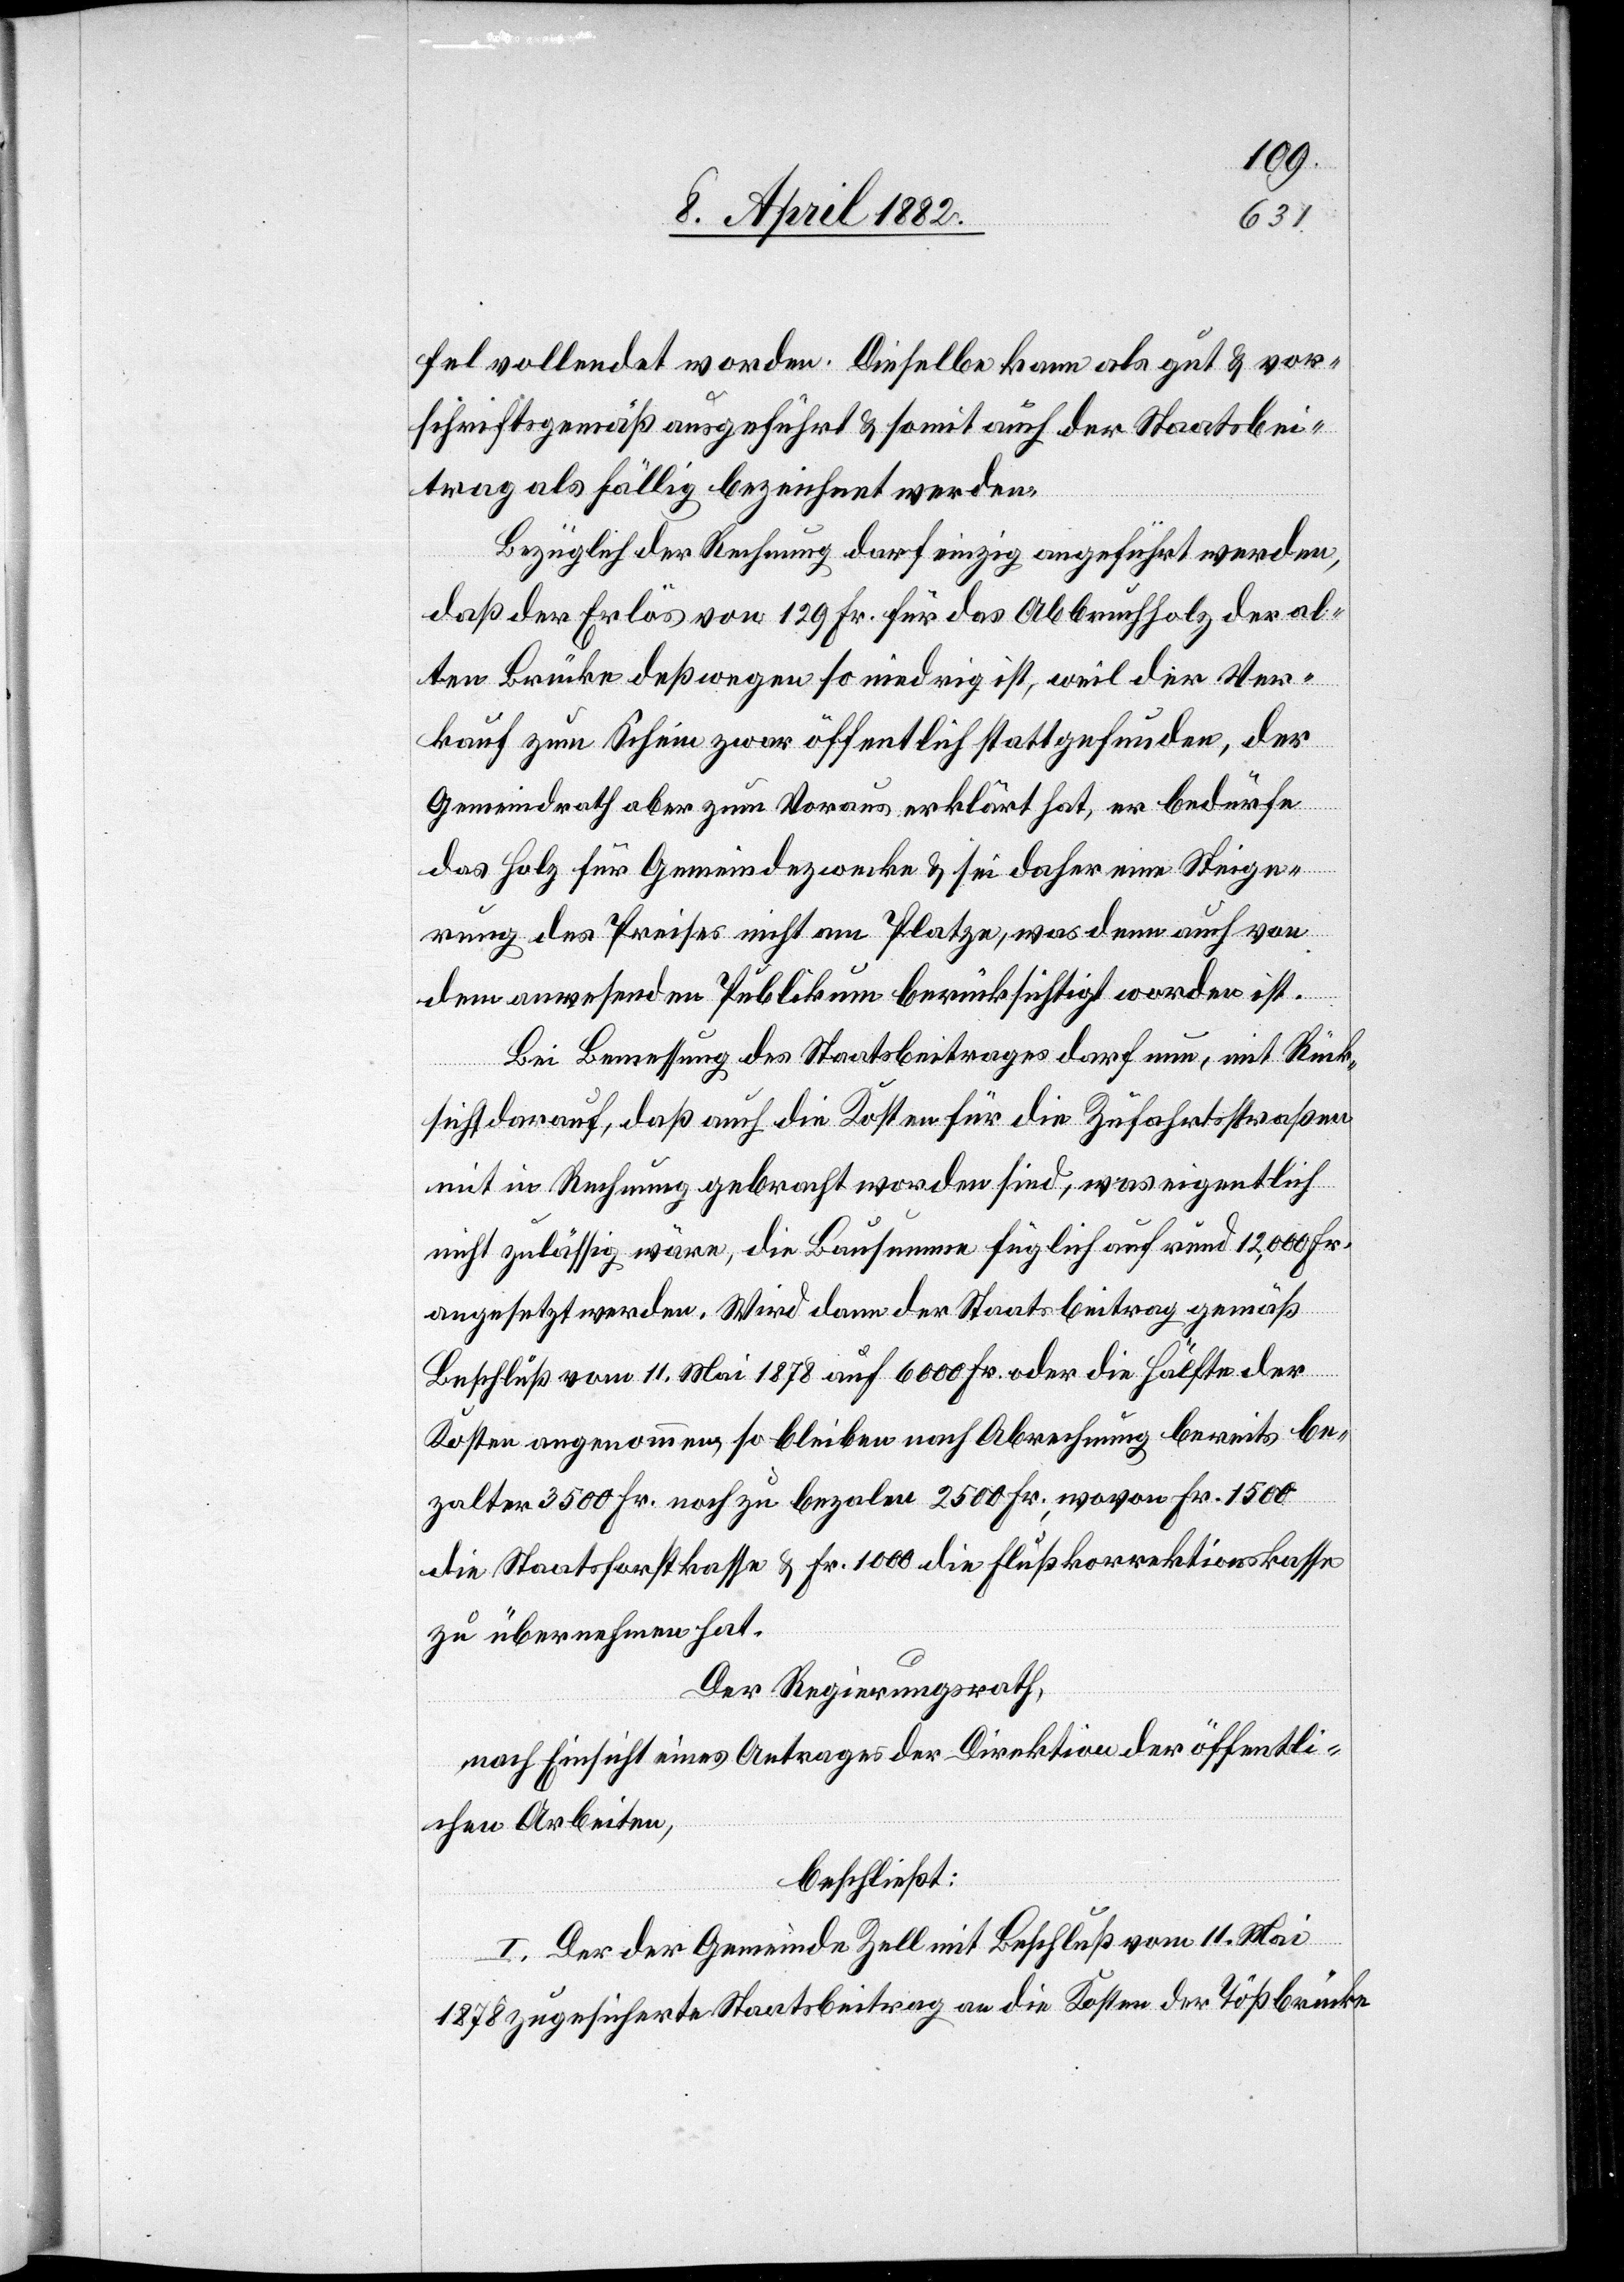
fel vollendet worden. Dieselbe kann als gut & vor¬
schriftsgemäß ausgeführt & somit auch der Staatsbei¬
trag als fällig bezeichnet werden.
Bezüglich der Rechnung darf einzig angeführt werden,
daß der Erlös von 129 Fr. für das Abbruchholz der al¬
ten Brücke deßwegen so niedrig ist, weil der Ver¬
kauf zum Schein zwar öffentlich stattgefunden, der
Gemeindrath aber zum Voraus erklärt hat, er bedürfe
das Holz für Gemeindezwecke & sei daher eine Steige¬
rung des Preises nicht am Platze, was denn auch von
dem anwesenden Publikum berücksichtigt worden ist.
Bei Bemessung des Staatsbeitrages darf nun, mit Rück¬
sicht darauf, daß auch die Kosten für die Zufahrtsstraßen
mit in Rechnung gebracht worden sind, was eigentlich
nicht zulässig wäre, die Bausumme füglich auf rund 12,000 Fr.
angesetzt werden. Wird dann der Staatsbeitrag gemäß
Beschluß vom 11. Mai 1878 auf 6000 Fr. oder die Hälfte der
Kosten angenommen, so bleiben nach Abrechnung bereits be¬
zalter 3500 Fr. noch zu bezalen 2500 Fr., wovon Fr. 1500
die Staatsforstkasse & Fr. 1000 die Flußkorrektionskasse
zu übernehmen hat.
Der Regierungsrath,
nach Einsicht eines Antrages der Direktion der öffentli¬
chen Arbeiten,
beschließt:
I. Der der Gemeinde Zell mit Beschluß vom 11. Mai
1878 zugesicherte Staatsbeitrag an die Kosten der Tößbrücke